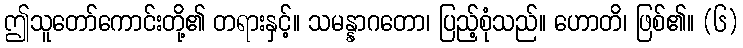
ဤသူတော်ကောင်းတို့၏ တရားနှင့်။ သမန္နာဂတော၊ ပြည့်စုံသည်။ ဟောတိ၊ ဖြစ်၏။ (၆)